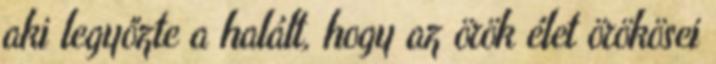
aki legyőzte a halált, hogy az örök élet örökösei